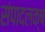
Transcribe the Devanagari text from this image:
संपादलक्ष